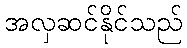
အလှဆင်နိုင်သည်